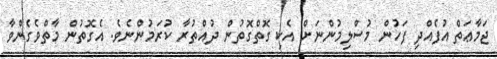
ޖަމާޢަތް އުފެއްދި ފަހުން މުސްލިމުންނަށް އެކި ގޮތްގޮތުން ދުއްތުރާ ކުރަމުންނެވެ. އެގޮތުން މާތްވެގެންވާ